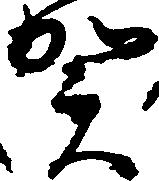
賀